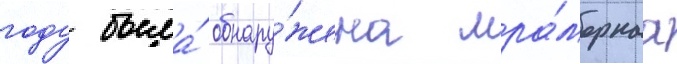
году была́ обнару́жена мра́морнаа